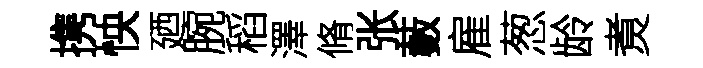
携怏廼腕稻澤脩张藪雇葱龄煑